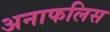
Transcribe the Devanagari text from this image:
अनाफलिस